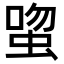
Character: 𬠉